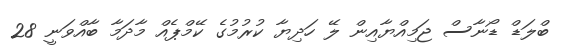
ބްލަޑް ޑޯނާސް ޖަމިއްޔާއިން ލޭ ހަދިޔާ ކުރުމުގެ ކޭމްޕެއް މާދަމާ ބާއްވަނީ 28